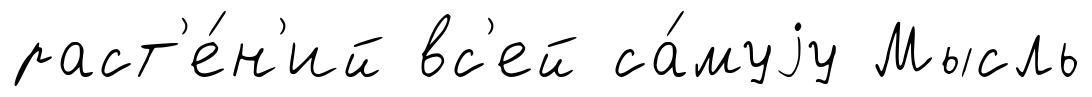
раст'е́н'ий вс'ей са́муjу Мысль